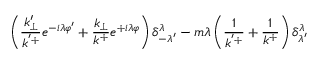
\left( \frac { k _ { \perp } ^ { \prime } } { k ^ { ' + } } e ^ { - i \lambda \varphi ^ { \prime } } + \frac { k _ { \perp } } { k ^ { + } } e ^ { + i \lambda \varphi } \right) \delta _ { - \lambda ^ { \prime } } ^ { \lambda } - m \lambda \left( \frac { 1 } { k ^ { ' + } } + \frac { 1 } { k ^ { + } } \right) \delta _ { \lambda ^ { \prime } } ^ { \lambda }